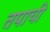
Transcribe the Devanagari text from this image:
तपाची